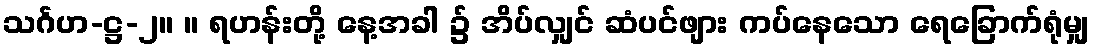
သင်္ဂဟ-ဋ္ဌ-၂။ ။ ရဟန်းတို့ နေ့အခါ ၌ အိပ်လျှင် ဆံပင်ဖျား ကပ်နေသော ရေခြောက်ရုံမျှ